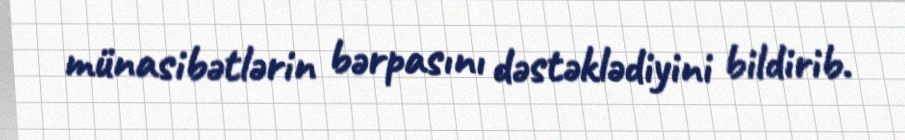
münasibətlərin bərpasını dəstəklədiyini bildirib.